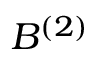
B ^ { ( 2 ) }